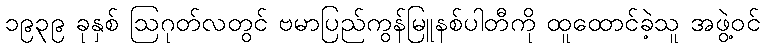
၁၉၃၉ ခုနှစ် ဩဂုတ်လတွင် ဗမာပြည်ကွန်မြူနစ်ပါတီကို ထူထောင်ခဲ့သူ အဖွဲ့ဝင်